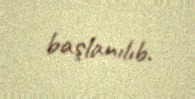
başlanılıb.